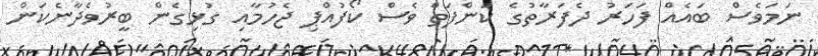
ނަމަވެސް ބައެއް ފަހަރު ދެފަރާތުގެ ކަންފަތް ވެސް ކޯފުއްޕި ޖެހުމާއި ގުޅިގެން ބީރުވެދާނެކަން